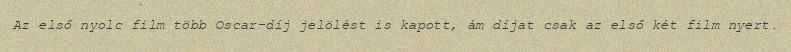
Az első nyolc film több Oscar-díj jelölést is kapott, ám díjat csak az első két film nyert.